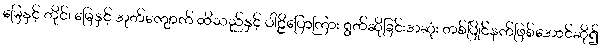
မြေနှင့် တိုင်၊ မြေနှင့် အုတ်ကျောက် ထိသည်နှင့် ပါဠိပြောကြား ရွတ်ဆိုခြင်းအဆုံး တစ်ပြိုင်နက်ဖြစ်အောင်ဆို၍